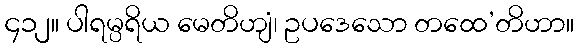
၄၁၂။ ပါရမ္ပရိယ မေတိဟျံ၊ ဥပဒေသော တထေ’တိဟာ။